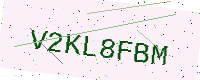
Text: V2KL8FBM